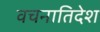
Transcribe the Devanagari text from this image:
वचनातिदेश